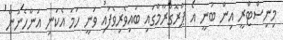
މިނިސްޓްރީ އިން ބުނީ އެ ޕްރޮގްރާމްގައި ބައިވެރިވެފައި ވަނީ ހަމަ އެކަނި އަންހެނުން